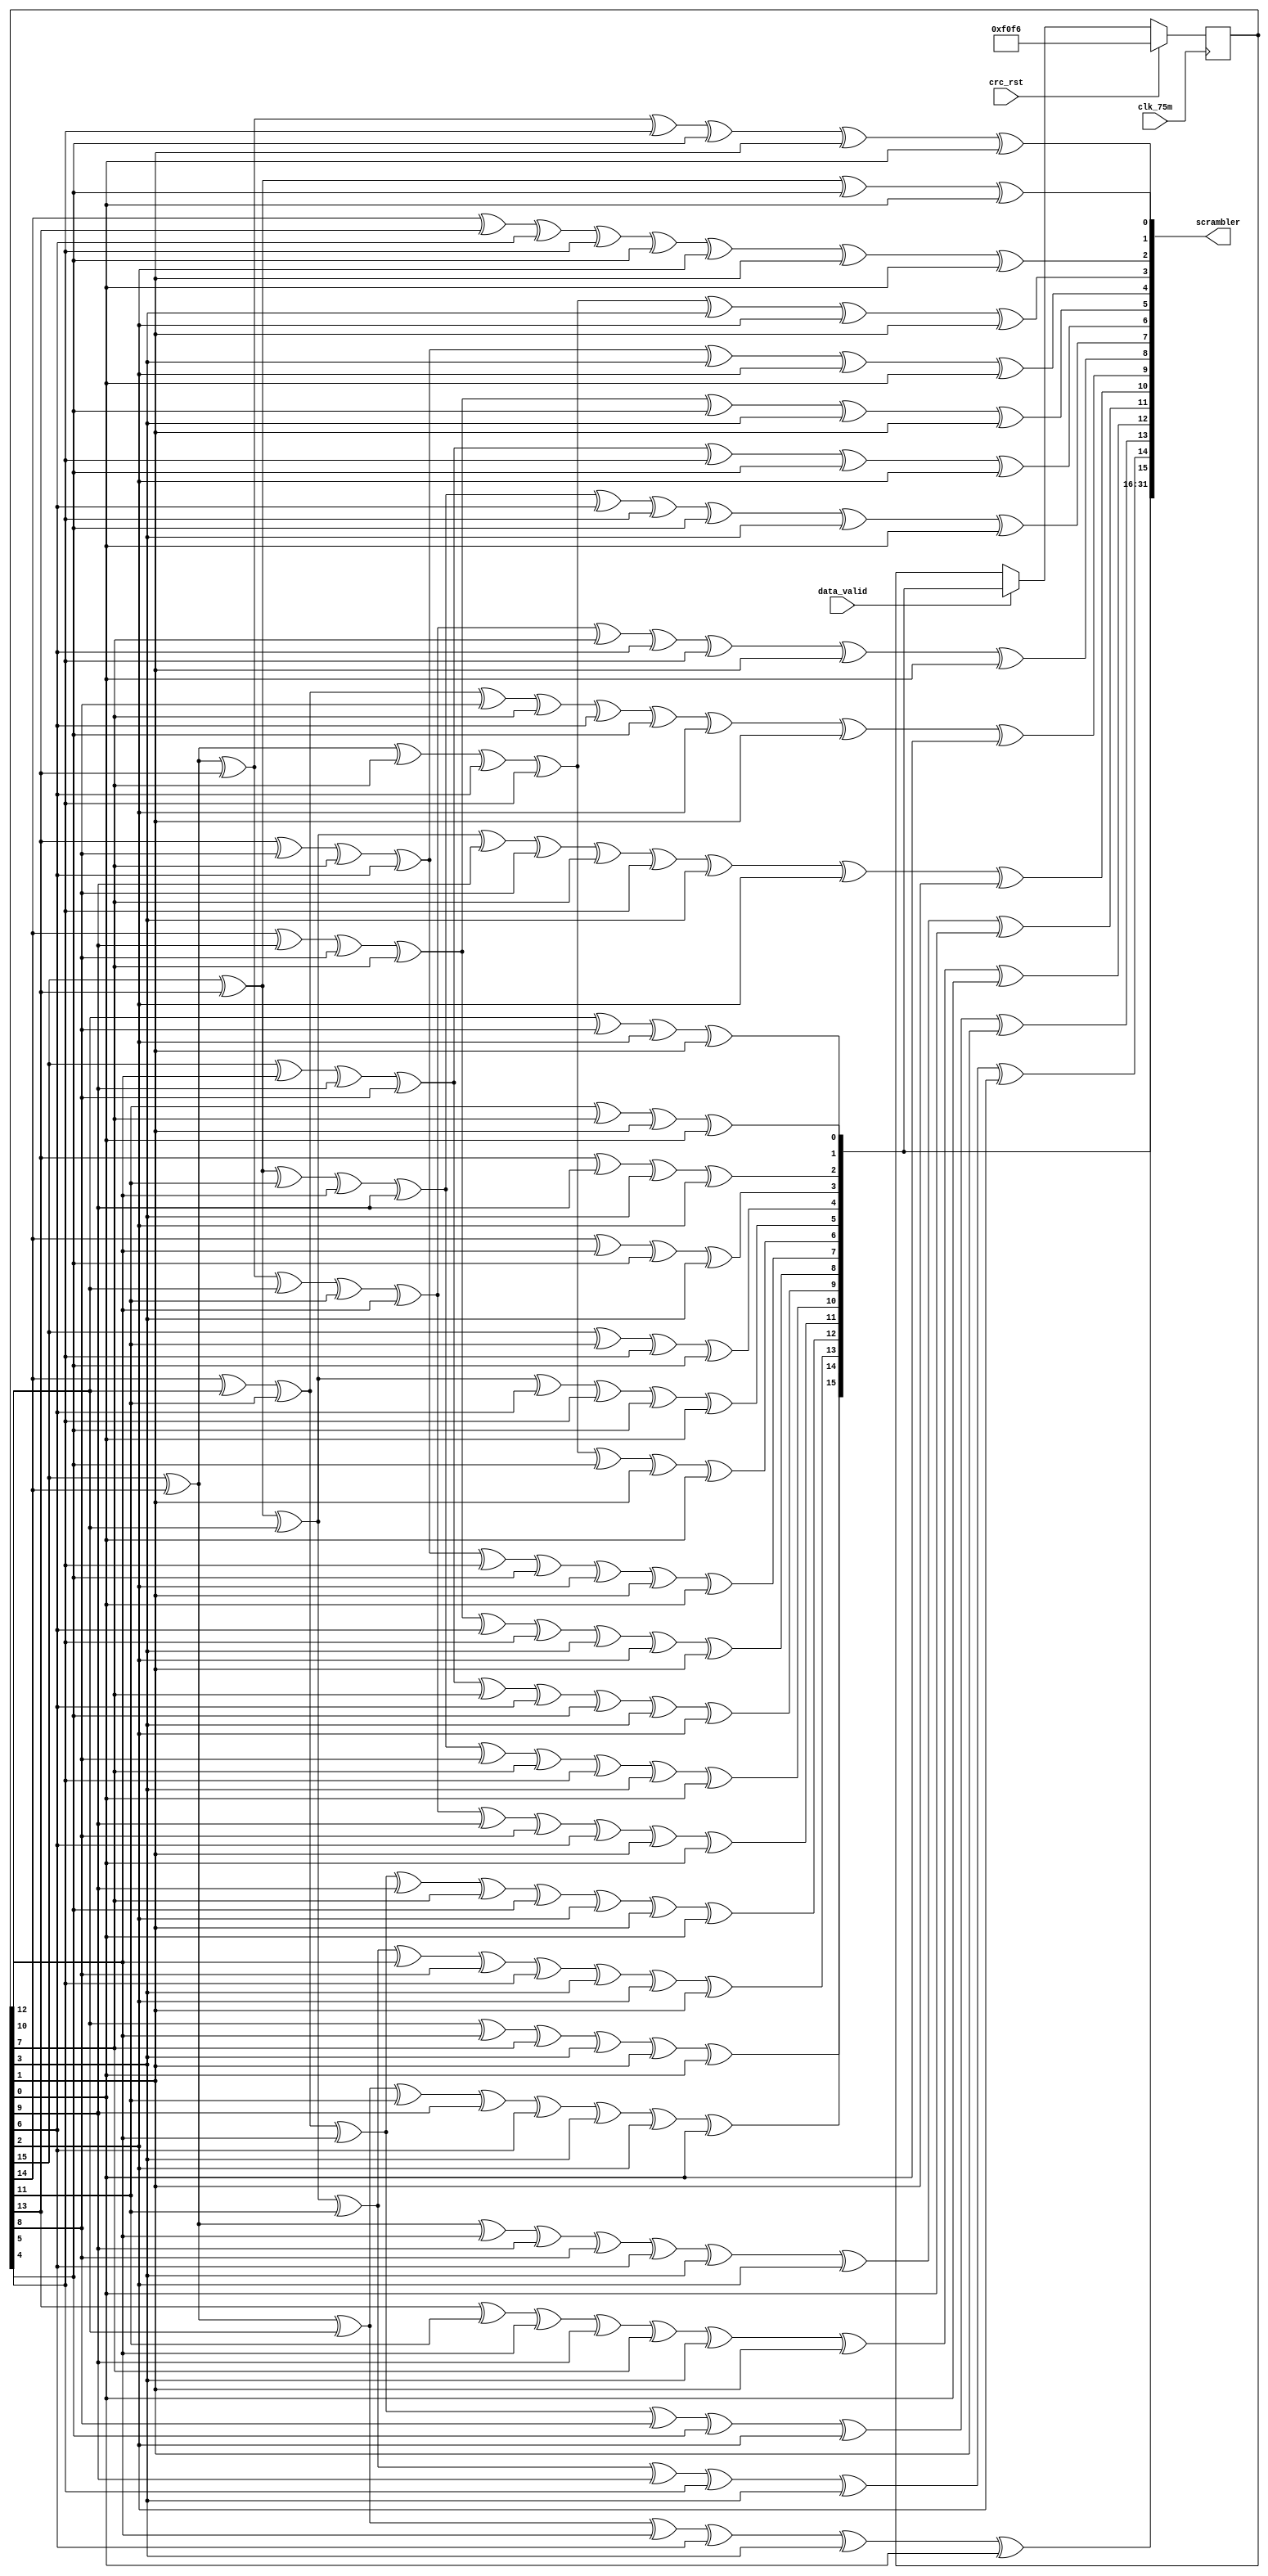
module scrambler(/*AUTOARG*/
   // Outputs
   scrambler,
   // Inputs
   clk_75m, crc_rst, data_valid
   );

   input         clk_75m;
   input         crc_rst;
   input         data_valid;
   output [31:0] scrambler;

   reg [15:0]context;
   wire scrambler_rst;
   assign scrambler_rst = crc_rst;
   always @(posedge clk_75m)
     if(scrambler_rst)
       context <= 16'hF0F6;
     else if(data_valid)
       context <= scrambler[31:16];

   wire [15:0] now;

   wire  [31:0] next;
   assign now = context[15:0];
   assign scrambler = next[31:0];

   assign        next[31] = now[12] ^ now[10] ^ now[7] ^ now[3] ^ now[1] ^ now[0];
   assign        next[30] = now[15] ^ now[14] ^ now[12] ^ now[11] ^ now[9] ^ now[6]    ^  now[3]  ^ now[2]  ^ now[0];
   assign        next[29] = now[15] ^ now[13] ^ now[12] ^ now[11] ^ now[10] ^ now[8]   ^  now[5]  ^ now[3]  ^ now[2]  ^ now[1];
   assign        next[28] = now[14] ^ now[12] ^ now[11] ^ now[10] ^ now[9] ^ now[7]    ^  now[4]  ^ now[2]  ^ now[1]  ^ now[0];
   assign        next[27] = now[15] ^ now[14] ^ now[13] ^ now[12] ^ now[11] ^ now[10]  ^  now[9]  ^ now[8]  ^ now[6]  ^ now[1] ^ now[0];
   assign        next[26] = now[15] ^ now[13] ^ now[11] ^ now[10] ^ now[9] ^ now[8]    ^  now[7]  ^ now[5]  ^ now[3]  ^ now[0];
   assign        next[25] = now[15] ^ now[10] ^ now[9] ^ now[8] ^ now[7] ^ now[6]      ^  now[4]  ^ now[3]  ^ now[2];
   assign        next[24] = now[14] ^ now[9] ^ now[8] ^ now[7] ^ now[6] ^ now[5]       ^  now[3]  ^ now[2]  ^ now[1];
   assign        next[23] = now[13] ^ now[8] ^ now[7] ^ now[6] ^ now[5] ^ now[4]       ^  now[2]  ^ now[1]  ^ now[0];
   assign        next[22] = now[15] ^ now[14] ^ now[7] ^ now[6] ^ now[5] ^ now[4]      ^  now[1]  ^ now[0];
   assign        next[21] = now[15] ^ now[13] ^ now[12] ^ now[6] ^ now[5] ^ now[4]     ^  now[0];
   assign        next[20] = now[15] ^ now[11] ^ now[5] ^ now[4];
   assign        next[19] = now[14] ^ now[10] ^ now[4] ^ now[3];
   assign        next[18] = now[13] ^ now[9] ^ now[3] ^ now[2];
   assign        next[17] = now[12] ^ now[8] ^ now[2] ^ now[1];
   assign        next[16] = now[11] ^ now[7] ^ now[1] ^ now[0];
   /* The following 16 assignments implement the matrix multiplication     */
   /* performed by the box labeled *M2.                                    */
   assign        next[15] = now[15] ^ now[14] ^ now[12] ^ now[10] ^ now[6] ^ now[3]    ^ now[0];
   assign        next[14] = now[15] ^ now[13] ^ now[12] ^ now[11] ^ now[9] ^ now[5]    ^ now[3]   ^ now[2];
   assign        next[13] = now[14] ^ now[12] ^ now[11] ^ now[10] ^ now[8] ^ now[4]    ^ now[2]   ^ now[1];
   assign        next[12] = now[13] ^ now[11] ^ now[10] ^ now[9] ^ now[7] ^ now[3]     ^ now[1]   ^ now[0];
   assign        next[11] = now[15] ^ now[14] ^ now[10] ^ now[9] ^ now[8] ^ now[6]     ^ now[3]   ^ now[2]  ^ now[0];
   assign        next[10] = now[15] ^ now[13] ^ now[12] ^ now[9] ^ now[8] ^ now[7]     ^ now[5]   ^ now[3]  ^ now[2]  ^ now[1];
   assign        next[9] = now[14] ^ now[12] ^ now[11] ^ now[8] ^ now[7] ^ now[6]      ^ now[4]   ^ now[2]  ^ now[1]  ^ now[0];
   assign        next[8] = now[15] ^ now[14] ^ now[13] ^ now[12] ^ now[11] ^ now[10]   ^ now[7]   ^ now[6]  ^ now[5]  ^ now[1] ^ now[0];
   assign        next[7] = now[15] ^ now[13] ^ now[11] ^ now[10] ^ now[9] ^ now[6]     ^ now[5]   ^ now[4]  ^ now[3]  ^ now[0];
   assign        next[6] = now[15] ^ now[10] ^ now[9] ^ now[8] ^ now[5] ^ now[4]       ^ now[2];
   assign        next[5] = now[14] ^ now[9] ^ now[8] ^ now[7] ^ now[4] ^ now[3]        ^ now[1];
   assign        next[4] = now[13] ^ now[8] ^ now[7] ^ now[6] ^ now[3] ^ now[2]        ^ now[0];
   assign        next[3] = now[15] ^ now[14] ^ now[7] ^ now[6] ^ now[5] ^ now[3]       ^ now[2]   ^ now[1];
   assign        next[2] = now[14] ^ now[13] ^ now[6] ^ now[5] ^ now[4] ^ now[2]       ^ now[1]   ^ now[0];
   assign        next[1] = now[15] ^ now[14] ^ now[13] ^ now[5] ^ now[4] ^ now[1]      ^ now[0];
   assign        next[0] = now[15] ^ now[13] ^ now[4] ^ now[0];
endmodule // scrambler